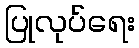
ပြုလုပ်ရေး